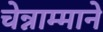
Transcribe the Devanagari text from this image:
चेन्नाम्माने